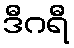
ဒီဂရီ